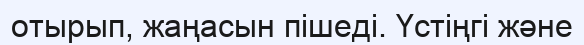
отырып, жаңасын пішеді. Үстіңгі және